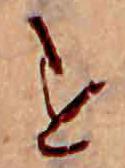
す